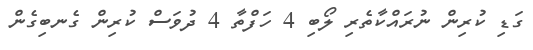
ގަޑި ކުރިން ނުރަައްކާާތެރި ލޯބި 4 ހަފްތާ 4 ދުވަސް ކުރިން ގެނބިގެން